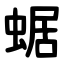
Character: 蜛